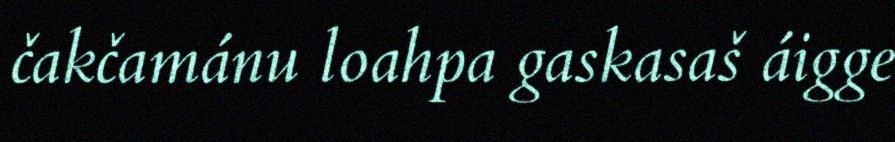
čakčamánu loahpa gaskasaš áigge